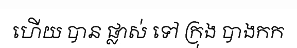
ហើយ បាន ផ្លាស់ ទៅ ក្រុង បាងកក